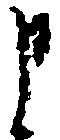
申